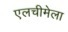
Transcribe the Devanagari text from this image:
एलचीमेला